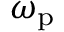
\omega _ { \mathrm { p } }